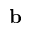
\mathbf { b }